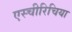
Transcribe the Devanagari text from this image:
एस्चीरिचिया